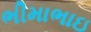
ભીમાભાઇ